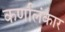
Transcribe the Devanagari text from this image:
कर्णालंकार